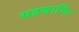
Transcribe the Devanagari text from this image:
सहस्रार्चिः